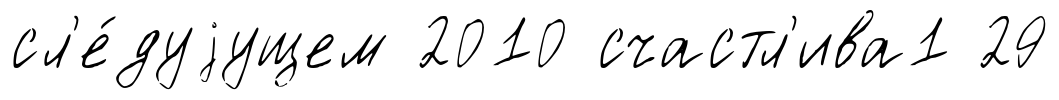
сл'е́дуjущем 2010 счастл'ива1 29